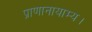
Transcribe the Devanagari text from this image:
प्राणानायाम्य।